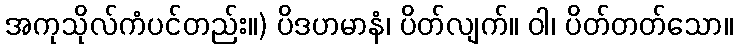
အကုသိုလ်ကံပင်တည်း။) ပိဒဟမာနံ၊ ပိတ်လျက်။ ဝါ၊ ပိတ်တတ်သော။